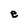
Character: e